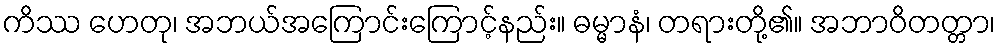
ကိဿ ဟေတု၊ အဘယ်အကြောင်းကြောင့်နည်း။ ဓမ္မာနံ၊ တရားတို့၏။ အဘာဝိတတ္တာ၊